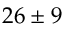
2 6 \pm 9